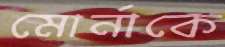
মোর্নাকে